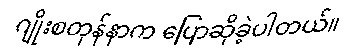
ဂျိုးစတုန်နာက ပြောဆိုခဲ့ပါတယ်။